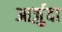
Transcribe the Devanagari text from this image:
आर्ज़ुदा